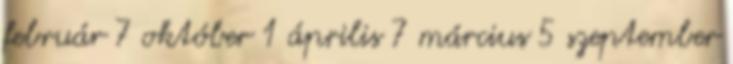
február 7 október 1 április 7 március 5 szeptember